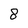
Character: 8